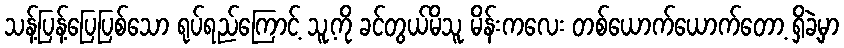
သန့်ပြန့်ပြေပြစ်သော ရုပ်ရည်ကြောင့် သူ့ကို ခင်တွယ်မိသူ မိန်းကလေး တစ်ယောက်ယောက်တော့ ရှိခဲ့မှာ